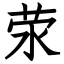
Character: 荥